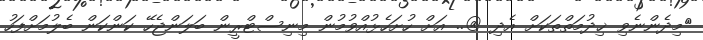
މިދެންނެވި ޚިދުމަތްތަކަށް އެދި @.. އަށް ހުށަހެޅުއްވުމުން މިނިސްޓްރީން ބަލަންޖެހޭ ކަންކަން ބެލުމަށްފަހު